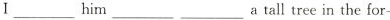
I___him___ ___a tall tree in the for